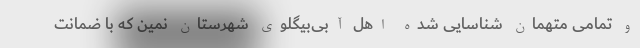
و تمامی متهمان شناسایی شده اهل آبی‌بیگلوی شهرستان نمین که با ضمانت